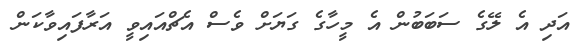
އަދި އެ ލޭގެ ސަބަބުން އެ މީހާގެ ގަޔަށް ވެސް އެޗްއައިވީ އަރާފައިވާކަން